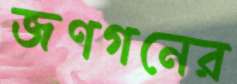
জণগনের